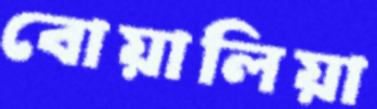
বোয়ালিয়া